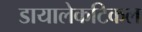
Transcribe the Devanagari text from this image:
डायालेकटिकल